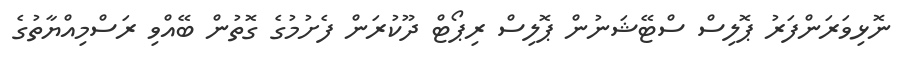
ނޮޅިވަރަންފަރު ޕޮލިސް ސްޓޭޝަނުން ޕޮލިސް ރިޕޯޓް ދޫކުރަން ފެށުމުގެ ގޮތުން ބޭއްވި ރަސްމިއްޔާތުގެ